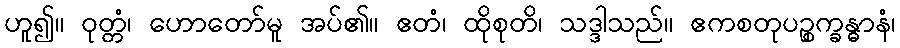
ဟူ၍။ ဝုတ္တံ၊ ဟောတော်မူ အပ်၏။ ဧတံ၊ ထိုစုတိ၊ သဒ္ဒါသည်။ ဧကစတုပဉ္စက္ခန္ဓာနံ၊